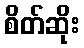
စိတ်ဆိုး